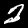
Digit: 2